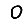
Digit: 0